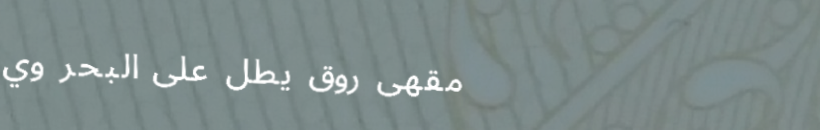
مقهى روق يطل على البحر وي